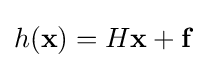
h(\mathbf {x} )=H\mathbf {x+f}